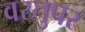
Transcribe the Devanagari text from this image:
वस्तुपर